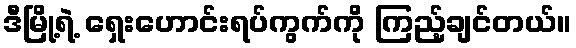
ဒီမြို့ရဲ့ ရှေးဟောင်းရပ်ကွက်ကို ကြည့်ချင်တယ်။